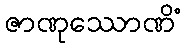
ဇာဏုဿောဏိံ